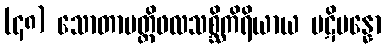
(၄၈) သောတာပတ္တိဖလသစ္ဆိကိရိယာယ ပဋိပန္နော